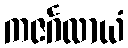
ကဇင်္ဂလာယံ